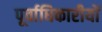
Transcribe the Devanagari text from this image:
पूर्वाधिकारीयों